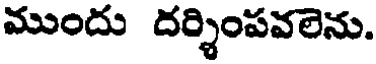
ముందు దర్శింపవలెను.